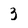
Character: 3